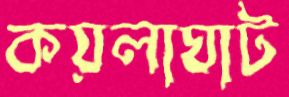
কয়লাঘাট